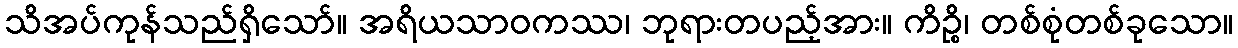
သိအပ်ကုန်သည်ရှိသော်။ အရိယသာဝကဿ၊ ဘုရားတပည့်အား။ ကိဉ္စိ၊ တစ်စုံတစ်ခုသော။